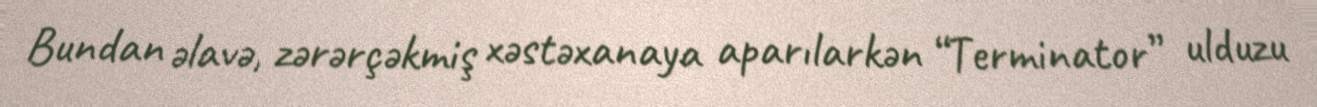
Bundan əlavə, zərərçəkmiş xəstəxanaya aparılarkən “Terminator” ulduzu